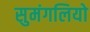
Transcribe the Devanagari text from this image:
सुमंगलियो